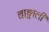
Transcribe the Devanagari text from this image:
बाङ्गाली